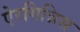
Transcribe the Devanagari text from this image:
ऐरगिन्निस